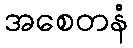
အစေတနံ